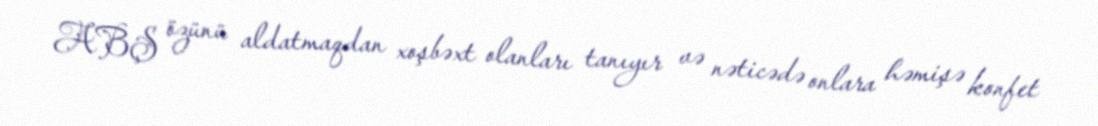
ABŞ özünü aldatmaqdan xoşbəxt olanları tanıyır və nəticədə onlara həmişə konfet